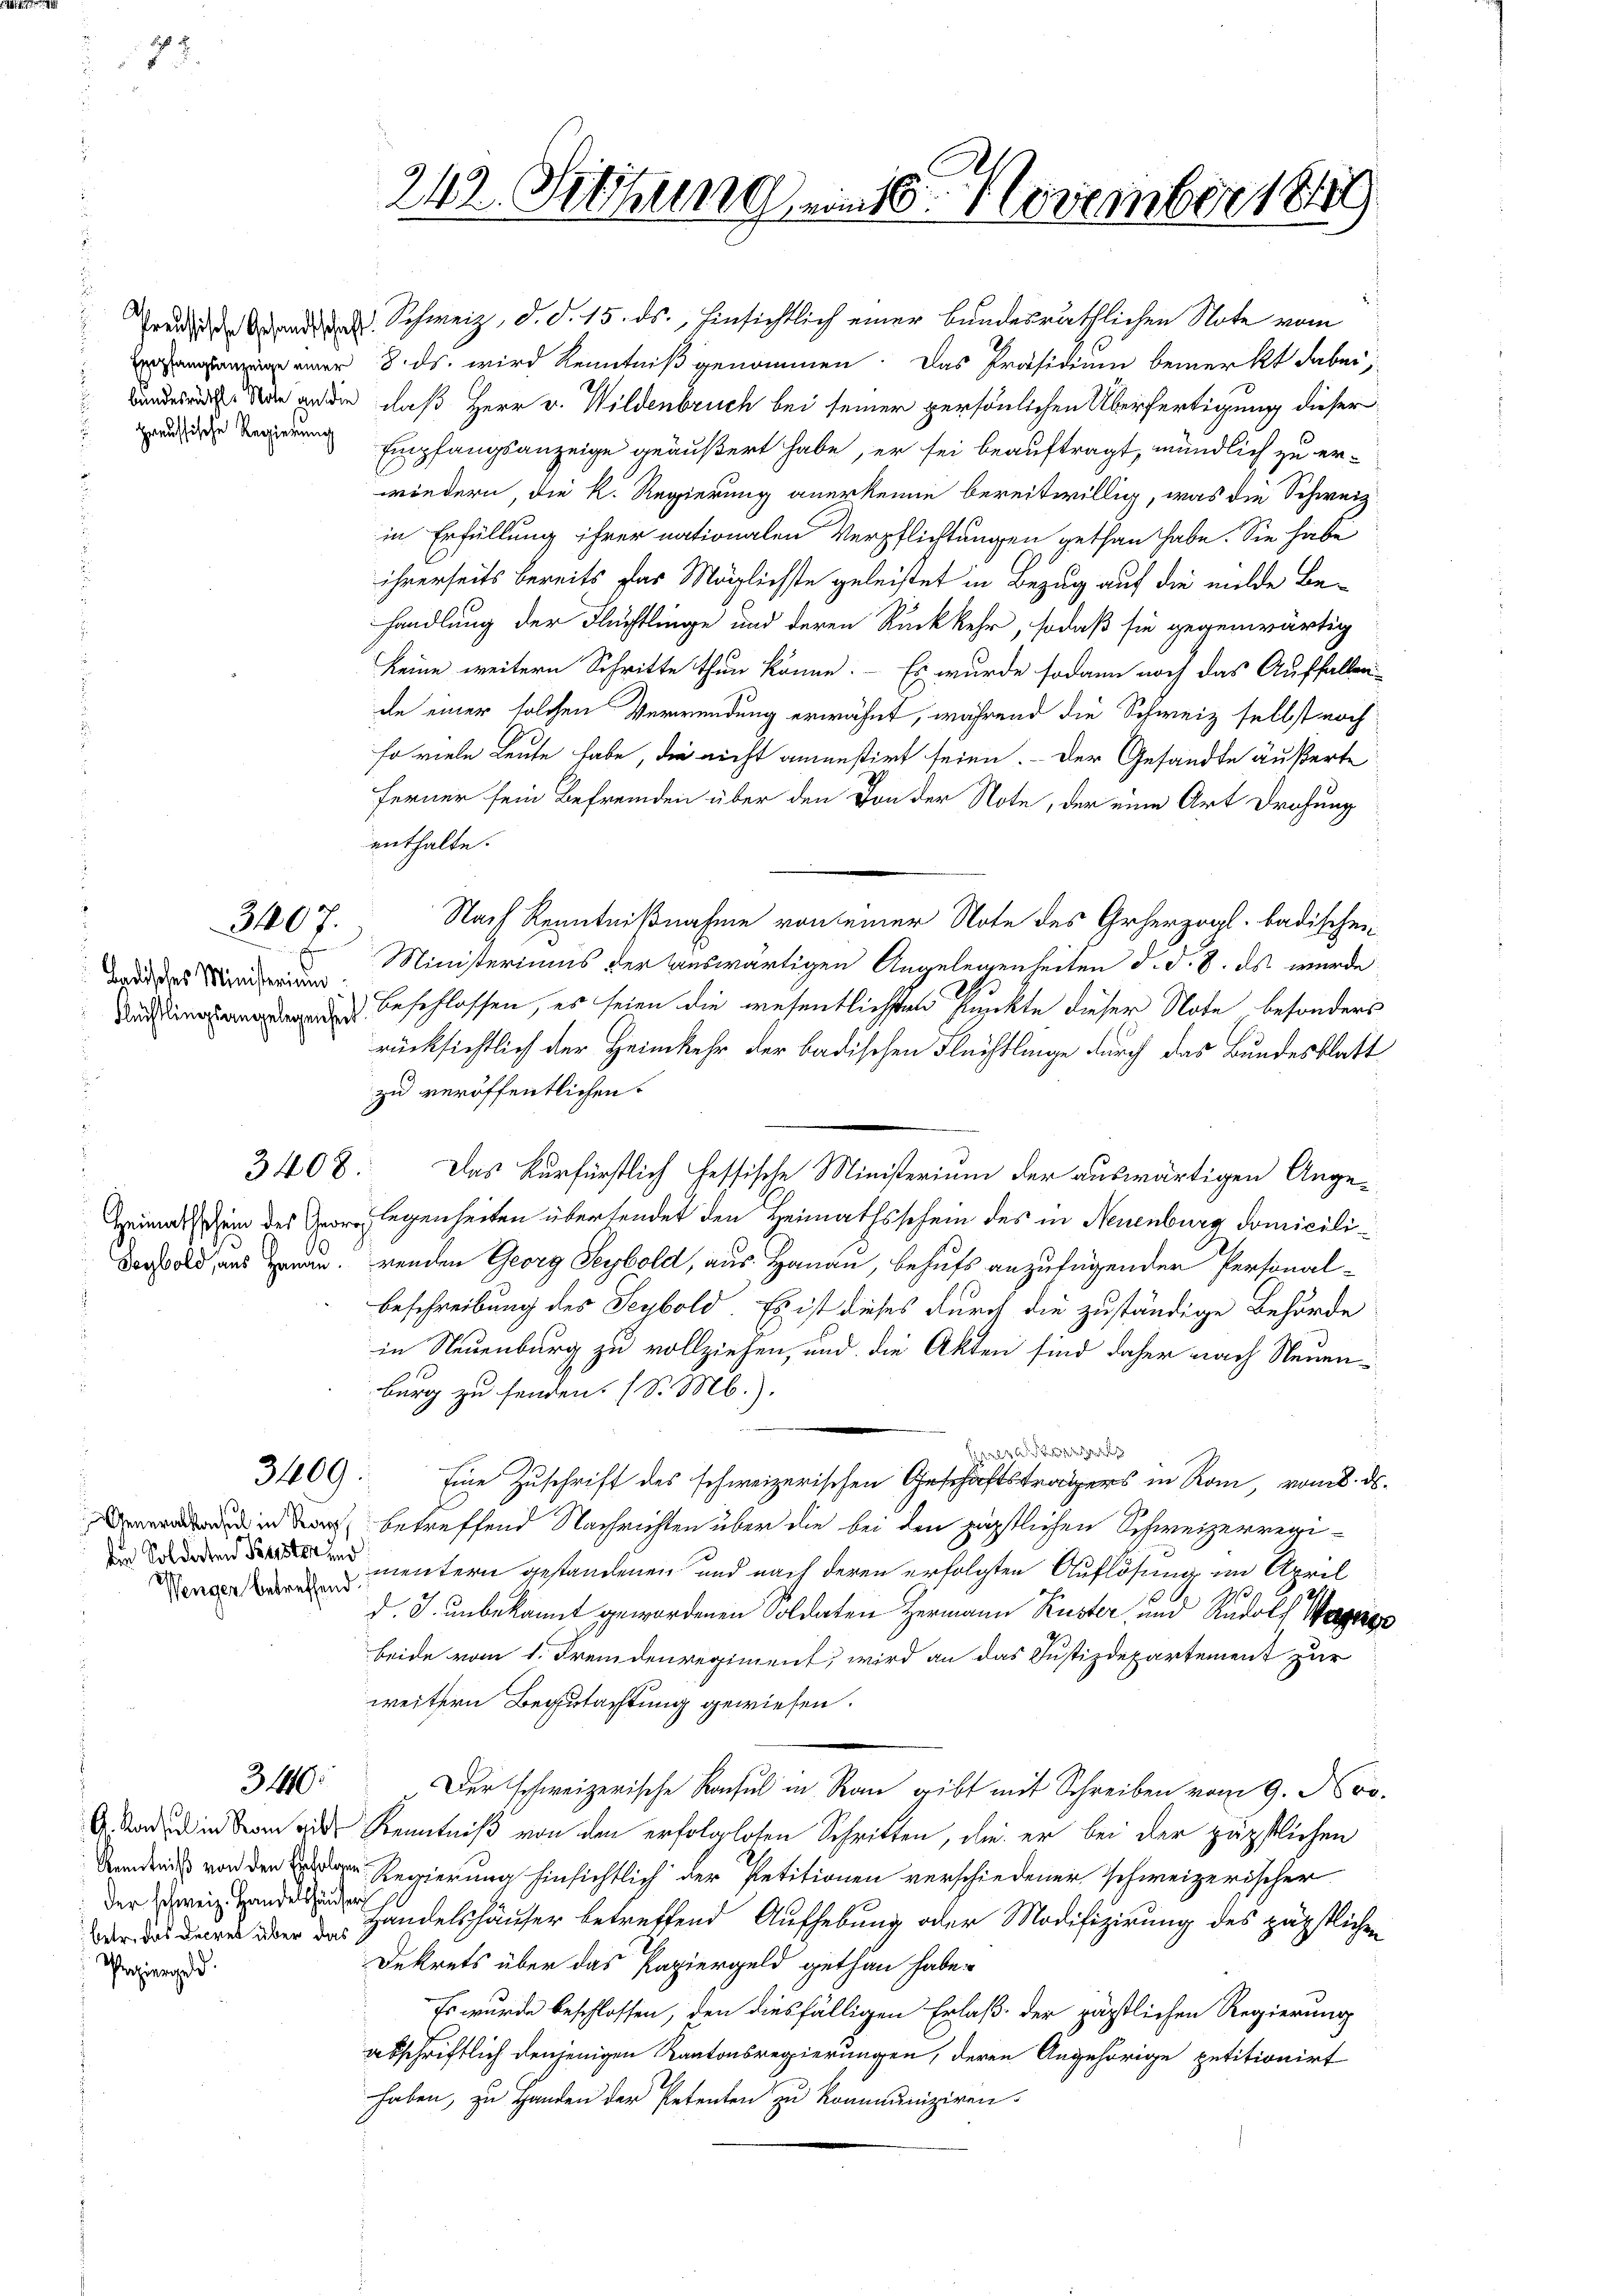
preussische Regierung

Proziergeld.

31807.

badisches Ministerium

3408.

3409:

Wenger betreffend

3140:

betr. das Decret über das

242. Sitzung im 16. November 184

Predit anden Schweiz, d. d. 15. ds., hinsichtlich einer bundesräthlichen Note vom
r 8. ds. wird Kenntniß genommen. Das Präsidium bemerkt dabei,
Landern in anden, daß Herr v. Wildenbruch bei seiner persönlichen Überfertigung dieser
Empfangsanzeige geäußert habe, er sei beauftragt, mündlich zu erwiedern, die k. Regierung anerkenne bereitwillig, was die Schweiz
in Erfüllung ihrer nationalen Verpflichtungen gethan habe. Sie habe
ihrerseits bereits das Möglichste geleistet in Bezug auf die milde Behandlung der Flüchtlinge und deren Rückkehr, sodaß sie gegenwärtig
keine weitern Schritte thun könne. - Es wurde sodann noch das Auffallen-
de einer solchen Verwendung erwähnt, während die Schweiz selbst noch
so viele Leute habe, die nicht amenstirt seien. - Der Gesandte äußerte
Ferner sein Befremden über den Von der Note, der eine Art Drohung
enthalte.
Nach Kenntnißnahme von einer Note des Geherzogl. badischen
Ministeriums der auswärtigen Angelegenheiten d. d. 8. ds wurde
 beschlossen, es seien die wesentlichten Punkte dieser Note besonders
rücksichtlich der Heimkehr der badischen Flüchtlinge durch das Bundesblatt
zu veröffentlichen
Das Kurfürstlich hessische Ministerium der auswärtigen Ange¬
Heimal Dein des Georg legenheiten übersendet den Heimathsschein des in Neuenburg domicili¬
Sostold, aus genau, renden Georg Seybold, aus Hanau, behufs anzufügender Personal¬
Beschreibung des Seybold. Es ist dieses durch die zuständige Behörde
in Neuenburg zu vollziehen, und die Akten sind daher nach Neuen
burg zu senden. (S. M.).
lt
Eine Zuschrift des schweizerischen Geschäftsträgers in Rom, vom 8. ds.
i doch betreffend Nachrichten über die bei den päpstlichen Schweizerregi¬
 mentern gestandenen und nach deren erfolgten Auflösung im April
d. J. unbekannt gewordenen Soldaten Hermann Küster, und Rudolf Wage
beide vom 1. Fremdenregiment, wird an das Justizdepartement zur
weitern Begutachtung gewiesen.
Der schweizerische Konsul in Rau gibt mit Schreiben vom 9. Nov.
. ad in dem die Kenntniß von den erfolglosen Schritten, die er bei der päpstlichen
Sändnis von den Regierung hinsichtlich der Petitionen verschiedener schweizerischer
 Handelshäuser betreffend Aufhebung oder Modifizierung des päpstlichen
Dekrets über das Papiergeld gethan habe.
Es wurde beschlossen, den diesfälligen Erlaß der zärtlichen Regierung
abschriftlich denjenigen Kantonsregierungen, deren Angehörige petitionirt
haben, zu Handen der Petenten zu kommuniziren.